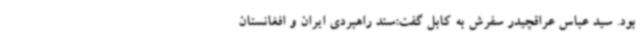
بود. سید عباس عراقچیدر سفرش به کابل گفت:سند راهبردی ایران و افغانستان